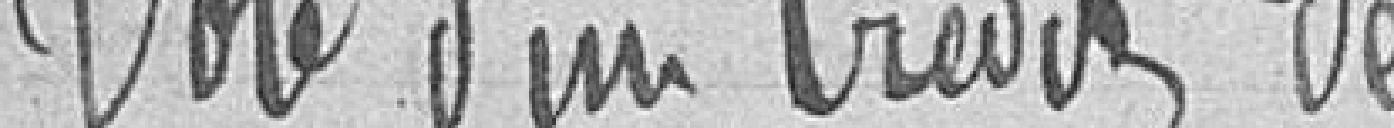
Vote d'un crédit de